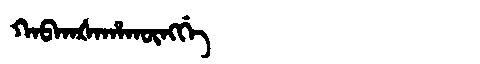
Manchu: ᡴᠠᠪᡴᠠᡧᠠᡥᠠᡴᡡᠩᡤᡝ
Romanization: KABKAŠAHAKŪNGGE